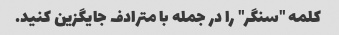
کلمه "سنگر" را در جمله با مترادف جایگزین کنید.